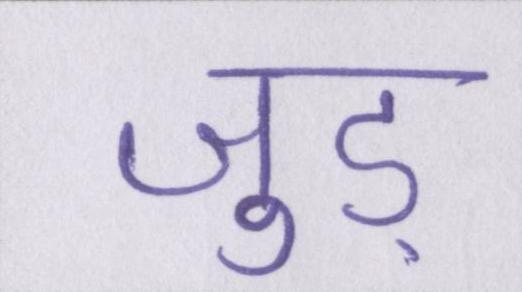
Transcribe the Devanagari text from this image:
जुड़